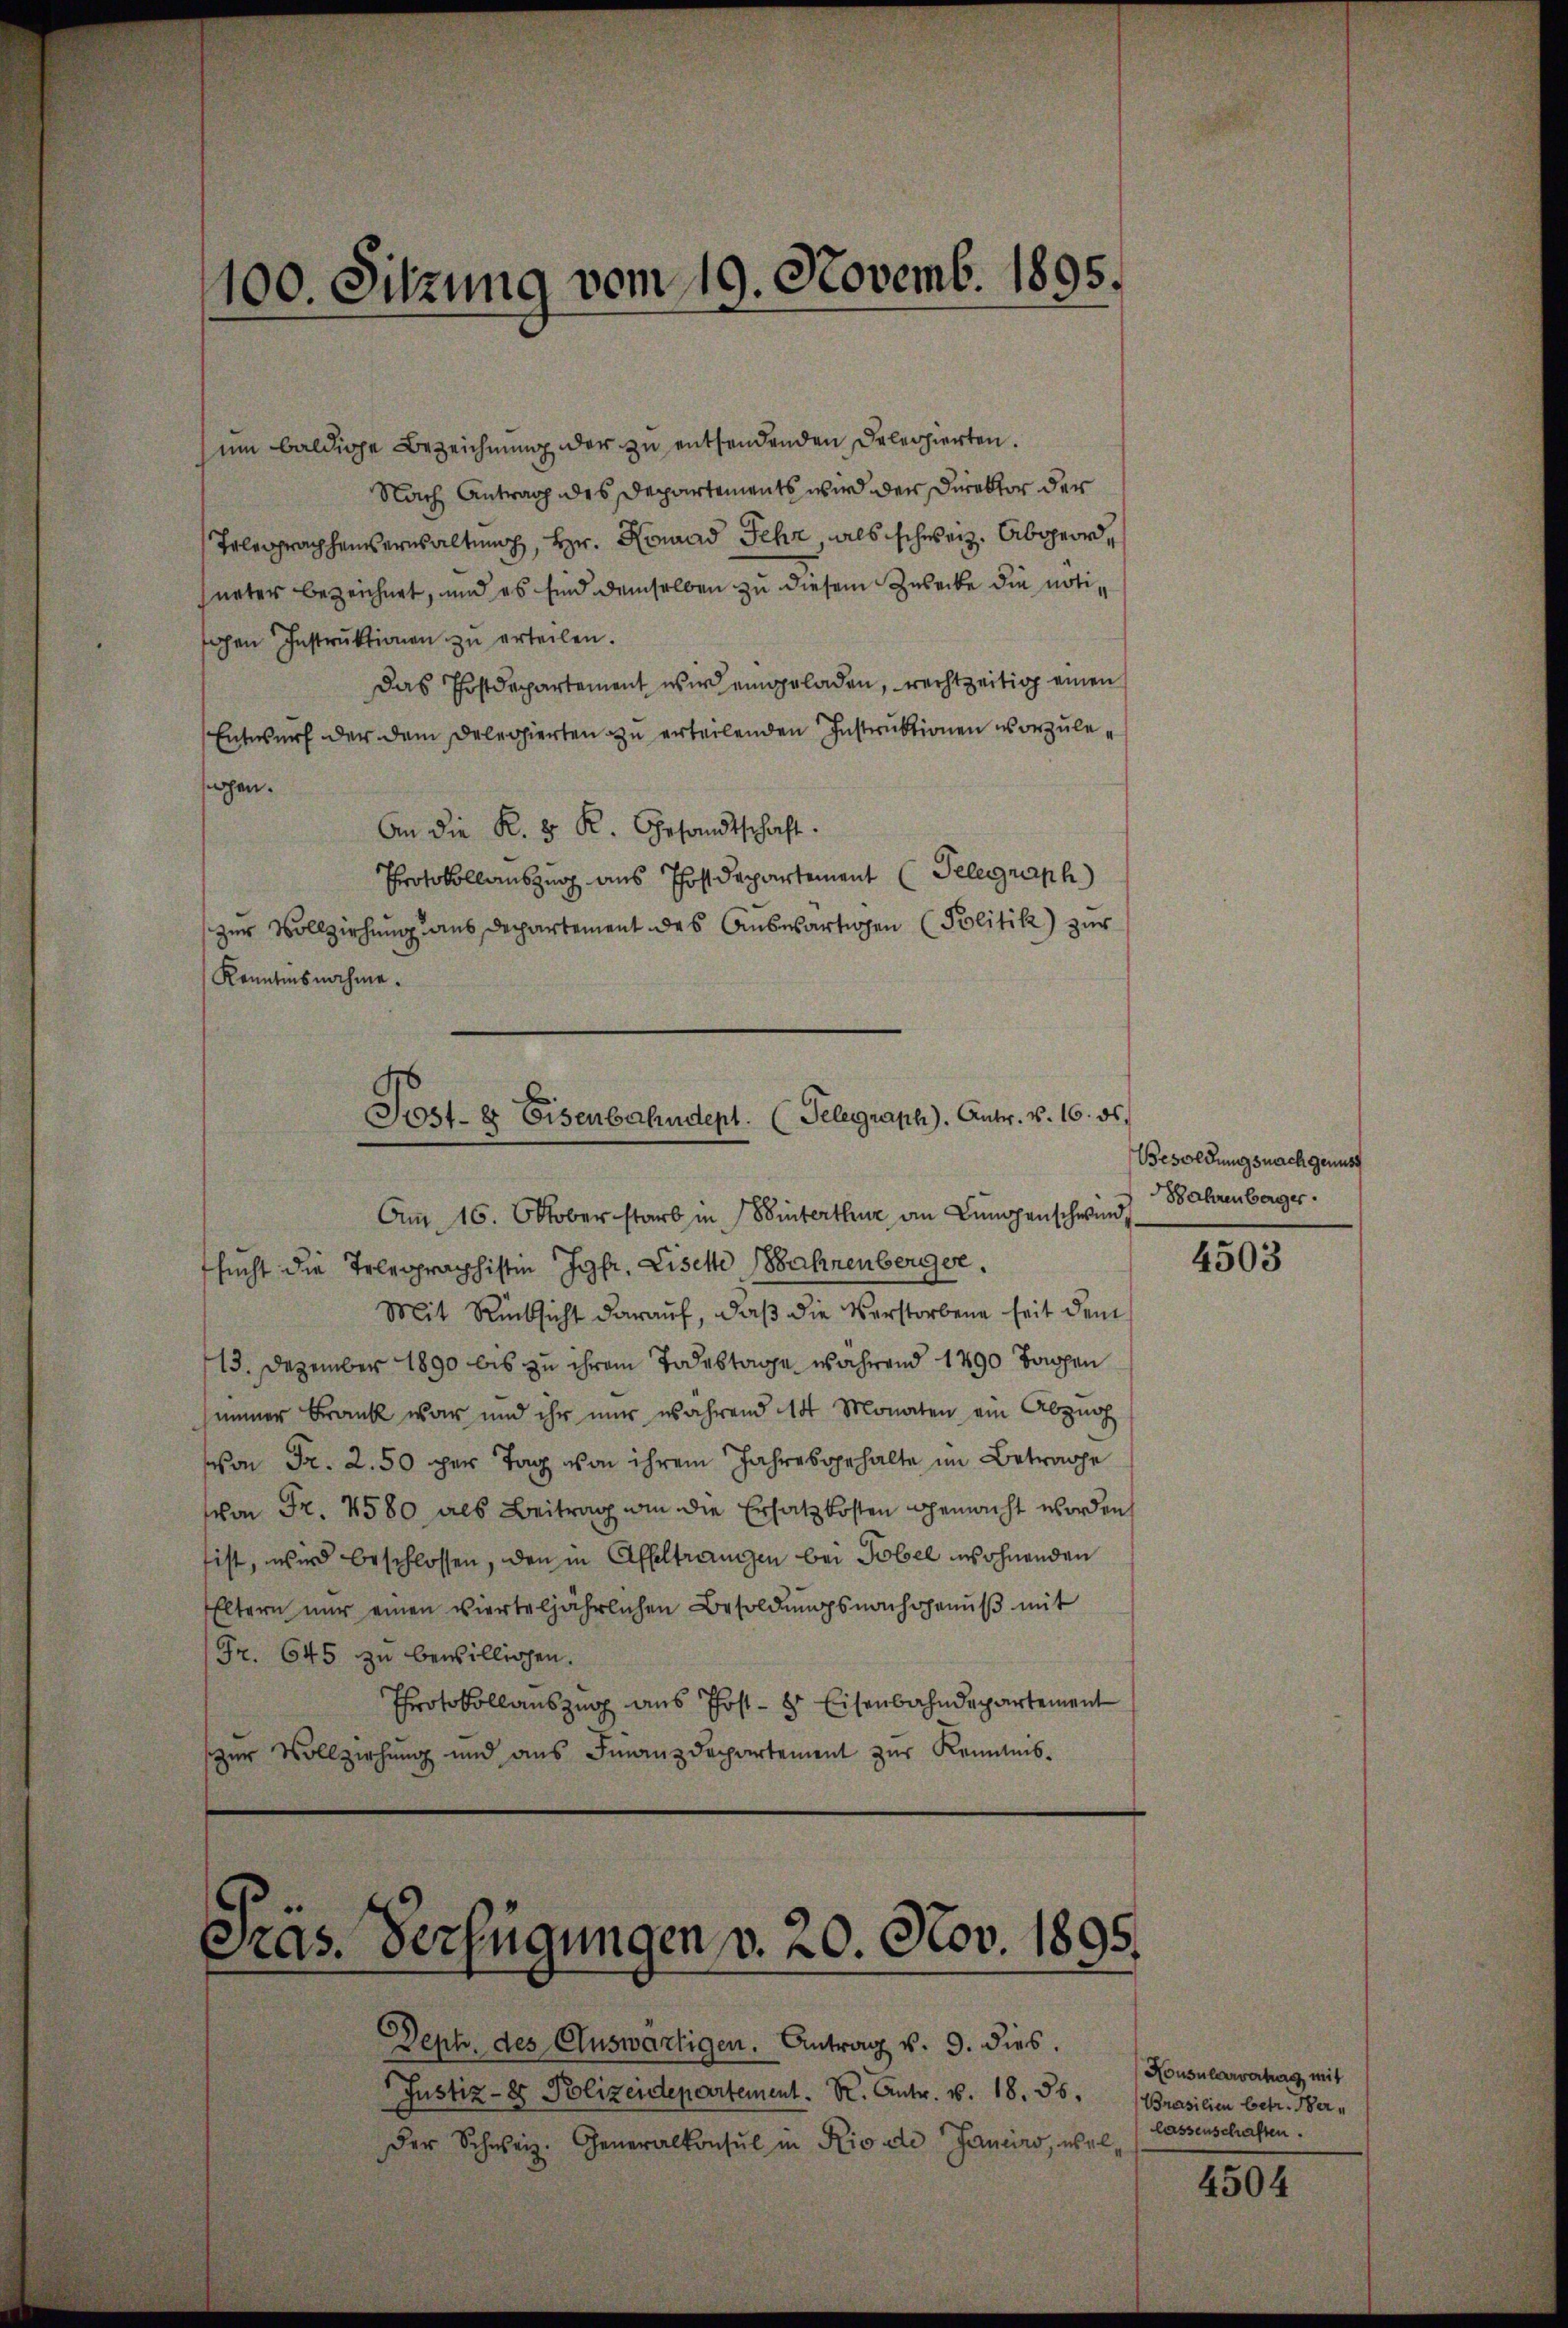
ŭm baldige Bezeichnung der zu entsendenden Delegierten.
Nach Antrag des Departements wird der Direktor der
Telegraphenverwaltung, Hr. Konrad Sehr, als schweiz. Abgeordueter bezeichnet, und es sind demselben zu diesem Zwecke die notiohen Instrŭktionen zu erteilen.
Das Postdepartement wird eingeladen, rechtzeitig einen
Entwurf der dem Delegierten zu erteilenden Instruktionen vorzulesachen.
An die K. v. K. Gesandtschaft.
Protokollauszug aus Postdepartement (Telegraph
zur Vollziehung aus Departement des Auswärtigen Politik zur
Kenntnisnahme.
Am 16. Oktober starb in Winterthur an Lungenschwind
sucht die Telegraphisten Jgfr. Liselte Bahnenberger.
Mit Rücksicht darauf, daß die Verstorbene seit dem
13. Dezember 1890 bis zu ihrem Todestage während 1790 Tagen
immer Frank war und ihr nur während 14 Monaten ein Abzug
on Fr. 2. 50 per Tag von ihrem Jahresgehalte im Betrache
von Fr. 4580 als Beitrag wie die Ersatz kosten gemacht worden
ist, wird beschlossen, den in Affeltrangen bei Tobel wohnenden
Eltern nŭr einen vierteljährlichen Besoldŭngsnachgenŭβ mit
Fr. 645 zu bewilligen.
Protokollauszug aus Post - 8 Eisenbahndepartement
zur Vollziehung und aus Finanzdepartement zur Kenntnis-

100. Sitzung vom 19. Novemb. 1895.

Post- & Eisenbahndept. (Telegraph). Antr. v. 16. ds.

Pras. Verfügungen v. 20. Nov. 1895.

der Schweiz. Generalkonsul in Rio de Janeiro, wel

Sept. des Auswärtigen. Antrag v. 9. dies.
Justiz- & Polizeidepartement. K. Antr. v. 18. 56. Brasilien betr. Her¬

Besoldungsnach genuss
ahrenberger

4503

Nousularvertrag mit
lassenschaften.

4504